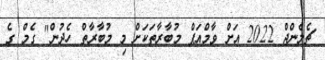
ޗެލެންޖް 2022 އަށް ވާމްއަޕް މުބާރާތަކަށް މި މުބާރާތް ހެދުން" ގެމް ގެ